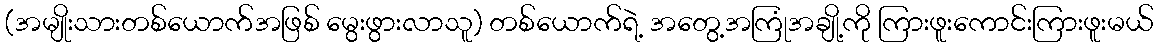
(အမျိုးသားတစ်ယောက်အဖြစ် မွေးဖွားလာသူ) တစ်ယောက်ရဲ့ အတွေ့အကြုံအချို့ကို ကြားဖူးကောင်းကြားဖူးမယ်